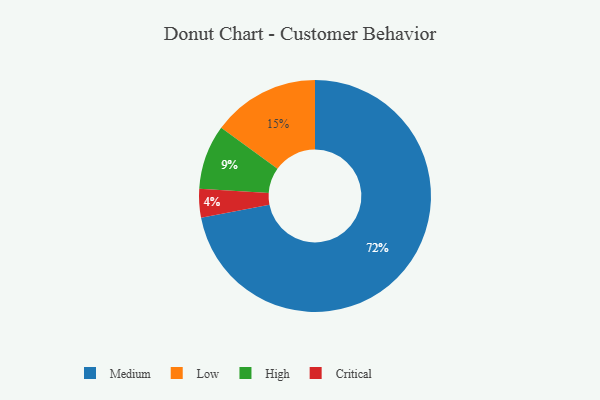
{"axis": {"x": "Category", "y": "Percentage"}, "legend": ["Critical", "High", "Low", "Medium"], "data": [{"x": "Medium", "y": 72, "type": "Medium"}, {"x": "Low", "y": 15, "type": "Low"}, {"x": "High", "y": 9, "type": "High"}, {"x": "Critical", "y": 4, "type": "Critical"}]}